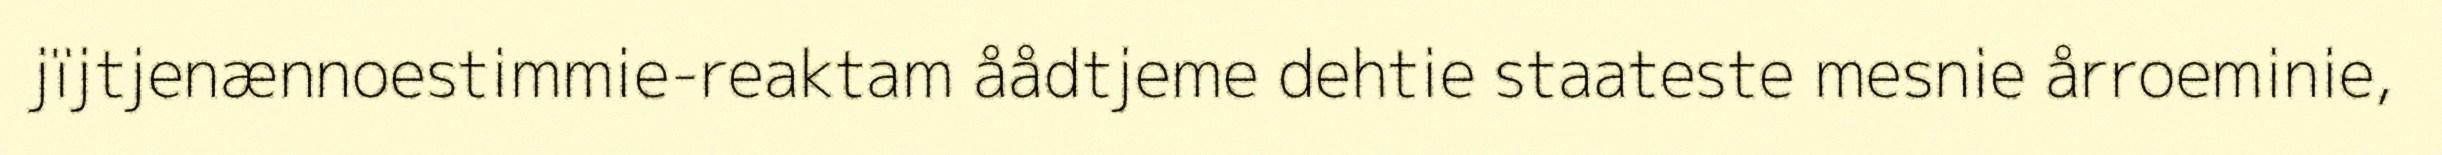
jïjtjenænnoestimmie-reaktam åådtjeme dehtie staateste mesnie årroeminie,